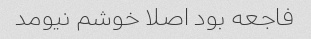
فاجعه بود اصلا خوشم نیومد